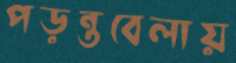
পড়ন্তবেলায়